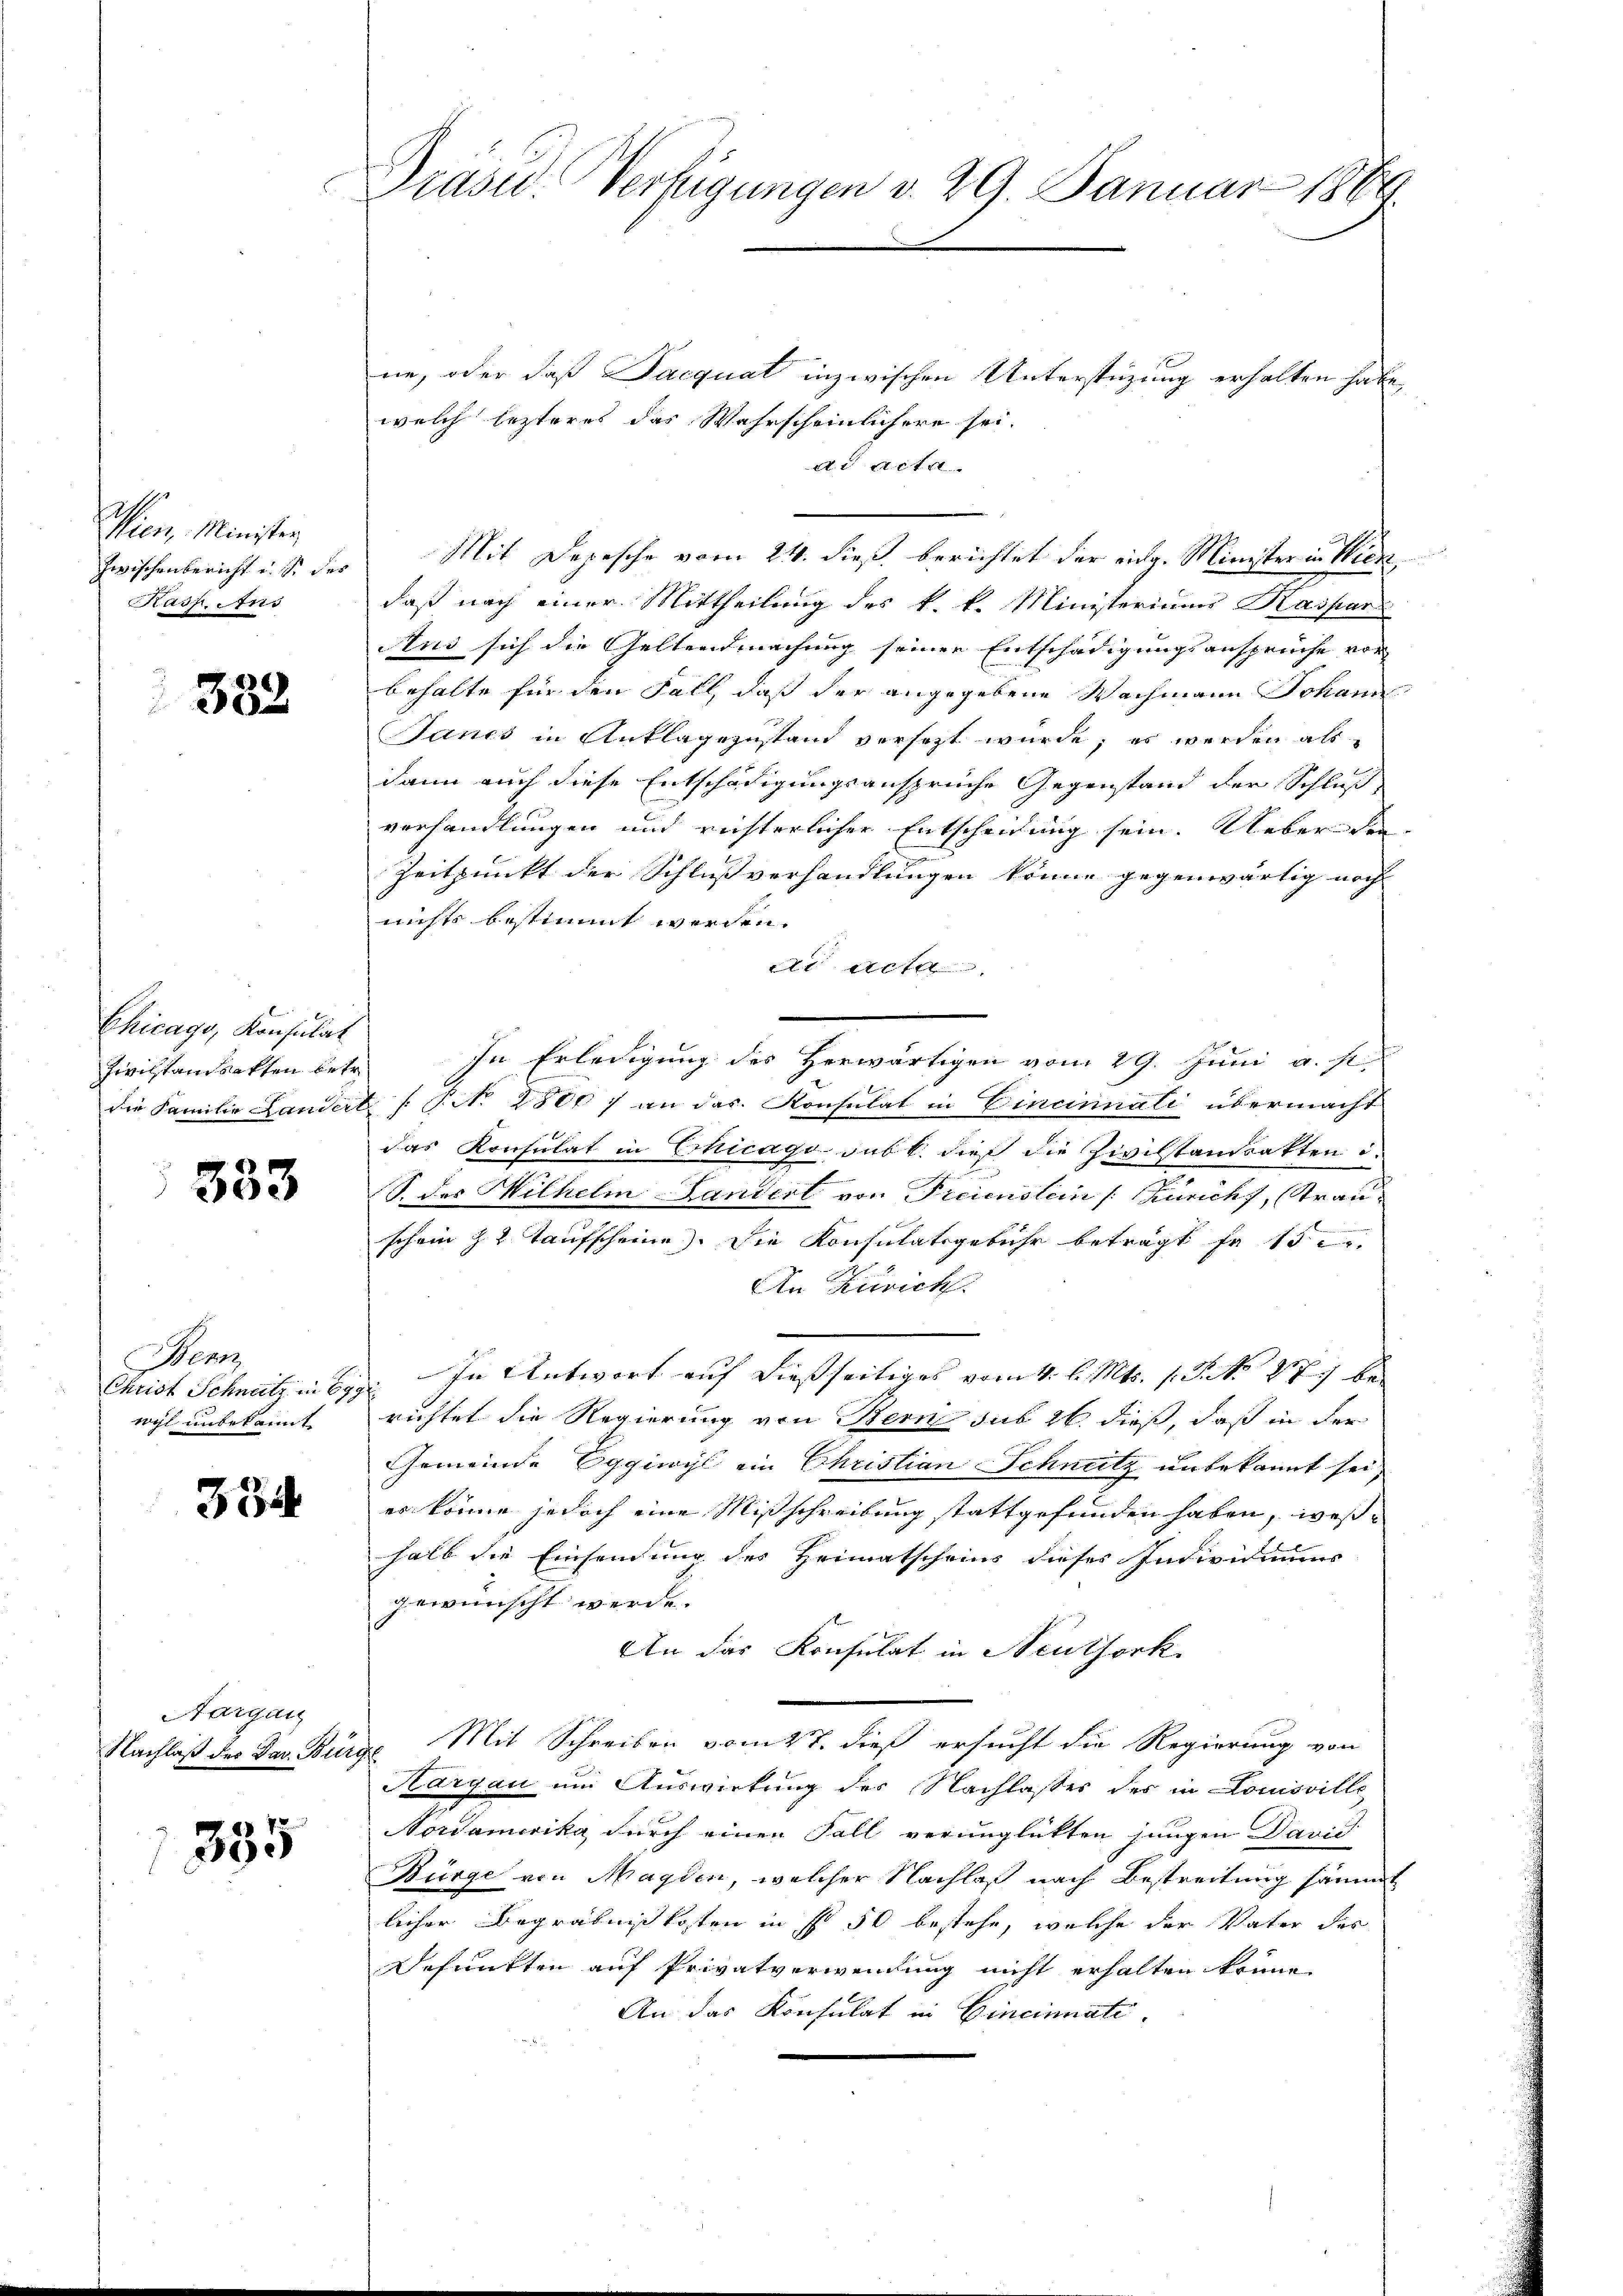
Mien. Minister
zwischenbericht u. s. des
Radf. Aus

382

Chicago, Konsulat
Zivilstandsakten betr.
die Familie Landert

333

Henz
Christ Schnetz in 67
wyl unbekannt

33

Nargau
Nachlaß des Dav. Bürg

335

Prase Verfügungen v. 29. Januar 1889.

ne, oder daß Jacquat inzwischen Unterstüzung erhalten habe,
welch lezteres das Wahrscheinlichern sei.
de Acta
Mit Depesche vom 24. dieß berichtet der eidg. Minister in Wien,
daß nach einer Mittheilung des k. k. Ministeriums Kaspar
Aus sich die Geltendmachung seiner Entschädigungsansprüche vor
behalte für den Fall, daß der angegebene Wachmann Johann
Jancs in Anklagezustand versezt wurde; es werden als
dann auch diese Entschädigungsansprüche Gegenstand der Schluß
verhandlungen und richterlicher Entscheidung sein. Ueber den
Zeitpunkt der Schlußverhandlungen könne gegenwärtig noch
nichts bestimmt werden.
de Acta
In Erledigung des Herwärtigen vom 29. Juni a. p.
 P. No 2800) an das Konsulat in Eincinnati übermacht
das Konsulat in Chicago sub b. dieß die Zivilstandsakten i
2
S. des Wilhelm Landert von Freienstein /: Zürich, Strauschein zu Kaufscheine. Die Konsulatsgebühr beträgt fü 15
An Zürich.
In Antwort auf dießseitiges vom 4. l. Mts. 1. P. No 877 be
richtet die Regierung von Bern sub 26. dieß, daß in der
Gemeinde Eggiwyl ein Christian Schneitz unbekannt sei,
er könne jedoch eine Mißschreibung stattgefunden haben, weßhalb die Einsendung des Heimatscheins dieses Individuums
gewünscht werde.
An das Konsulat in Neuthork
e
2. Mit Schreiben vom 4t. dieß ersucht die Regierung von
Kargau um Auswirkung des Nachlasses des in Louisville
Nordamerika durch einen Fall verunglückten jungen Davić
Bürge von Magden, welcher Nachlaß nach Bestreitung sämmt
licher Begräbnißkosten in fr 50 bestehe, welche der Vater des
Defunkten auf Privatverwendung nicht erhalten könne,
An das Konsulat in Cincinati